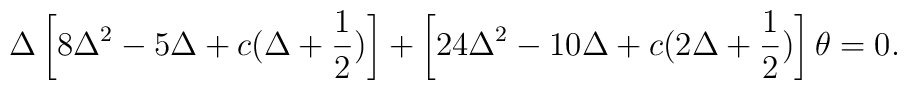
\Delta\left[8\Delta^{2}-5\Delta+c(\Delta+\frac{1}{2})\right]+\left[24\Delta^{2}-10\Delta+c(2\Delta+\frac{1}{2})\right]\theta=0.